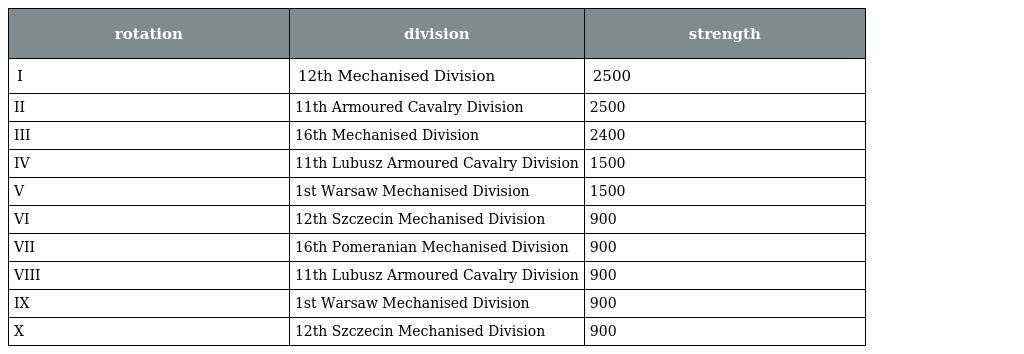
| rotation | division | strength |
 | --- | --- | --- |
 | I | 12th Mechanised Division | 2500 |
 | II | 11th Armoured Cavalry Division | 2500 |
 | III | 16th Mechanised Division | 2400 |
 | IV | 11th Lubusz Armoured Cavalry Division | 1500 |
 | V | 1st Warsaw Mechanised Division | 1500 |
 | VI | 12th Szczecin Mechanised Division | 900 |
 | VII | 16th Pomeranian Mechanised Division | 900 |
 | VIII | 11th Lubusz Armoured Cavalry Division | 900 |
 | IX | 1st Warsaw Mechanised Division | 900 |
 | X | 12th Szczecin Mechanised Division | 900 |